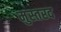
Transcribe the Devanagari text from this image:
मुस्तरद